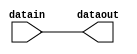
//-----------------------------------------------------------------------------
// The confidential and proprietary information contained in this file may
// only be used by a person authorised under and to the extent permitted
// by a subsisting licensing agreement from ARM Limited.
//
//            (C) COPYRIGHT 2008-2009 ARM Limited.
//                ALL RIGHTS RESERVED
//
// This entire notice must be reproduced on all copies of this file
// and copies of this file may only be made by a person if such person is
// permitted to do so under the terms of a subsisting license agreement
// from ARM Limited.
//
//      SVN Information
//
//      Checked In          : $Date: 2009-01-27 14:57:02 +0000 (Tue, 27 Jan 2009) $
//
//      Revision            : $Revision: 99568 $
//
//      Release Information : Cortex-M0-AT510-r0p0-01rel0
//-----------------------------------------------------------------------------

//-----------------------------------------------------------------------------
//      Signal Delay block
//-----------------------------------------------------------------------------
//
// This block is used to delay input signals to a netlist
//-----------------------------------------------------------------------------

module cm0ik_input_delay
  #(parameter                   DELAY       = 0,
    parameter                   BUSWIDTH    = 1)
   (input wire  [BUSWIDTH-1:0]  datain,
    output wire [BUSWIDTH-1:0]  dataout);

    assign #DELAY dataout  = datain;

endmodule // cm0ik_input_delay